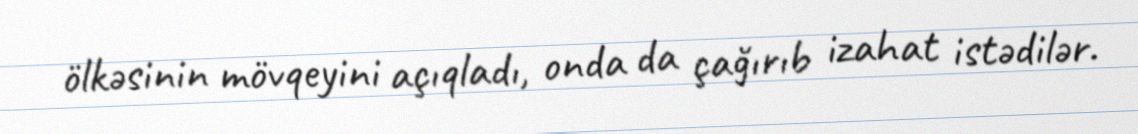
ölkəsinin mövqeyini açıqladı, onda da çağırıb izahat istədilər.